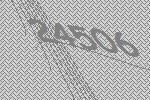
24506